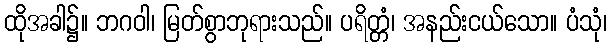
ထိုအခါ၌။ ဘဂဝါ၊ မြတ်စွာဘုရားသည်။ ပရိတ္တံ၊ အနည်းငယ်သော။ ပံသုံ၊